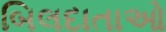
બિલદાતાઓ